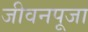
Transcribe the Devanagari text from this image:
जीवनपूजा